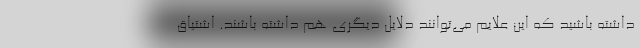
داشته باشید که این علایم می‌توانند دلایل دیگری هم داشته باشند. اشتیاق